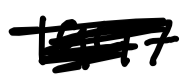
Text: 1947
Cross-out: scratch
Writing tool: digital_black